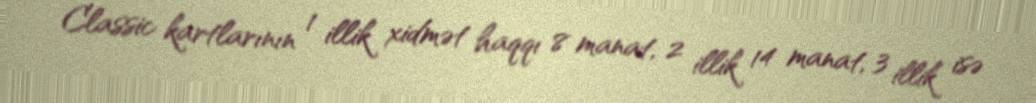
Classic kartlarının 1 illik xidmət haqqı 8 manat, 2 illik 14 manat, 3 illik isə